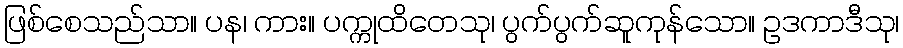
ဖြစ်စေသည်သာ။ ပန၊ ကား။ ပက္ကုထိတေသု၊ ပွက်ပွက်ဆူကုန်သော။ ဥဒကာဒီသု၊